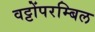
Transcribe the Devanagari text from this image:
वट्टोंपरम्बिल